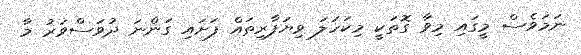
ނަމަވެސް މީގައި މިވާ ގޮތަކީ މިކަހަލަ ވިޔަފާރިތައް ފަށައި ގަންނަ ދުވަސްވަރު މާ